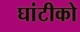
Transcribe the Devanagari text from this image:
घांटीको